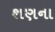
શણના